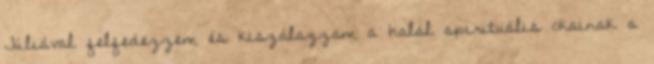
Júliával felfedezzem és kiszálazzam a halál spirituális okainak a